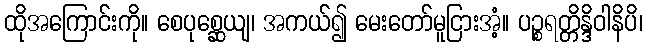
ထိုအကြောင်းကို။ စေပုစ္ဆေယျ၊ အကယ်၍ မေးတော်မူငြားအံ့။ ပဉ္စရတ္တိန္ဒိဝါနိပိ၊